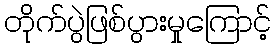
တိုက်ပွဲဖြစ်ပွားမှုကြောင့်